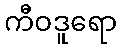
ကီဝဒူရော